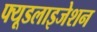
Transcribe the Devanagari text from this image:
फ्यूडलाइजेशन